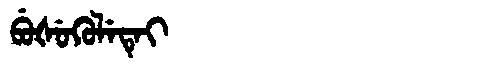
Manchu: ᠪᡠᡧᡠᡴᡠᠯᡝᡨᡝᡳ
Romanization: BUŠUKULETEI